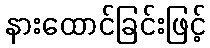
နားထောင်ခြင်းဖြင့်